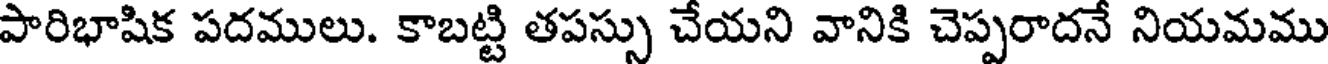
పారిభాషిక పదములు. కాబట్టి తపస్సు చేయని వానికి చెప్పరాదనే నియమము